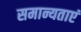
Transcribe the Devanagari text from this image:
समान्यताएं